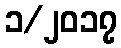
၁/၂၀၁၇